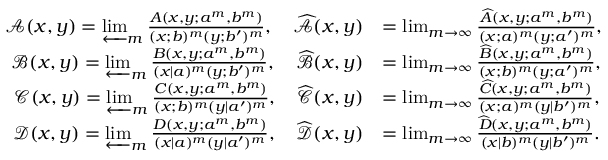
\begin{array} { r l } { \mathcal { A } ( x , y ) = \varprojlim _ { m } \frac { A ( x , y ; a ^ { m } , b ^ { m } ) } { ( x ; b ) ^ { m } ( y ; b ^ { \prime } ) ^ { m } } , \quad \widehat { \mathcal { A } } ( x , y ) } & { = \operatorname* { l i m } _ { m \to \infty } \frac { \widehat { A } ( x , y ; a ^ { m } , b ^ { m } ) } { ( x ; a ) ^ { m } ( y ; a ^ { \prime } ) ^ { m } } , } \\ { \mathcal { B } ( x , y ) = \varprojlim _ { m } \frac { B ( x , y ; a ^ { m } , b ^ { m } ) } { ( x | a ) ^ { m } ( y ; b ^ { \prime } ) ^ { m } } , \quad \widehat { \mathcal { B } } ( x , y ) } & { = \operatorname* { l i m } _ { m \to \infty } \frac { \widehat { B } ( x , y ; a ^ { m } , b ^ { m } ) } { ( x ; b ) ^ { m } ( y ; a ^ { \prime } ) ^ { m } } , } \\ { \mathcal { C } ( x , y ) = \varprojlim _ { m } \frac { C ( x , y ; a ^ { m } , b ^ { m } ) } { ( x ; b ) ^ { m } ( y | a ^ { \prime } ) ^ { m } } , \quad \widehat { \mathcal { C } } ( x , y ) } & { = \operatorname* { l i m } _ { m \to \infty } \frac { \widehat { C } ( x , y ; a ^ { m } , b ^ { m } ) } { ( x ; a ) ^ { m } ( y | b ^ { \prime } ) ^ { m } } , } \\ { \mathcal { D } ( x , y ) = \varprojlim _ { m } \frac { D ( x , y ; a ^ { m } , b ^ { m } ) } { ( x | a ) ^ { m } ( y | a ^ { \prime } ) ^ { m } } , \quad \widehat { \mathcal { D } } ( x , y ) } & { = \operatorname* { l i m } _ { m \to \infty } \frac { \widehat { D } ( x , y ; a ^ { m } , b ^ { m } ) } { ( x | b ) ^ { m } ( y | b ^ { \prime } ) ^ { m } } . } \end{array}